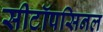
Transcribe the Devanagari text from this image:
सीटॉपसिनल